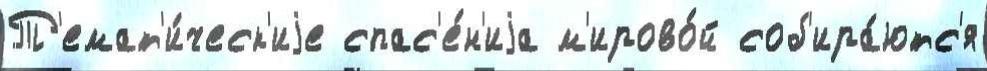
Т'емат'и́ческ'иjе спас'е́н'иjа м'ирово́й соб'ира́ютс'я